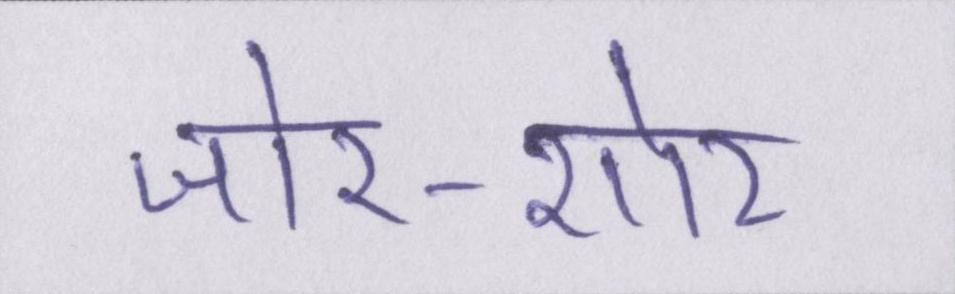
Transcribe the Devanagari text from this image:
जोर-शोर